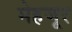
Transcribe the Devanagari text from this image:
मेहजूर